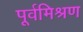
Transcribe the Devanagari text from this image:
पूर्वमिश्रण